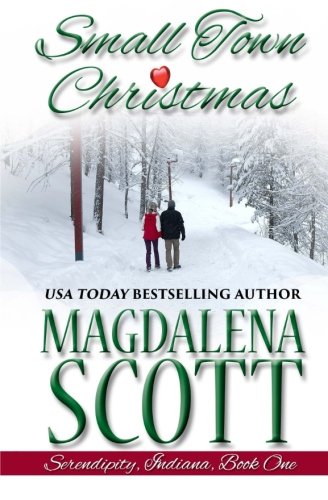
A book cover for Small Town Christmas (Serendipity, Indiana) (Volume 1); Magdalena Scott; Romance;